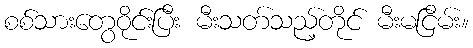
စစ်သားတွေဝိုင်းပြီး မီးသတ်သည့်တိုင် မီးမငြိမ်း။